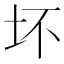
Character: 坏